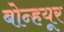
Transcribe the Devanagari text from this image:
बोन्हयूर